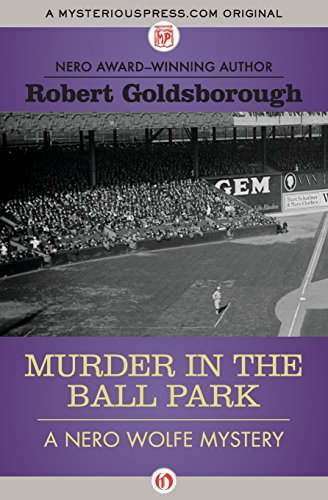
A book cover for Murder in the Ball Park (The Nero Wolfe Mysteries); Robert Goldsborough; Literature & Fiction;